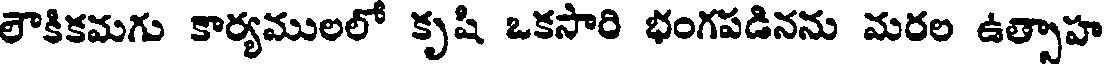
లౌకికమగు కార్యములలో కృషి ఒకసారి భంగపడినను మరల ఉత్సాహ